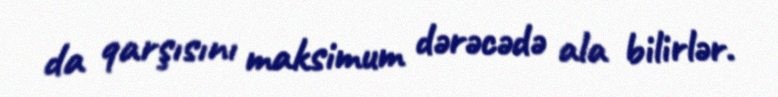
da qarşısını maksimum dərəcədə ala bilirlər.